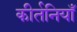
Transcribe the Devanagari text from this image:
कीर्तनियाँ